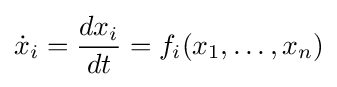
{\dot {x}}_{i}={\frac {dx_{i}}{dt}}=f_{i}(x_{1},\ldots ,x_{n})